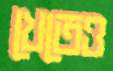
খেতেও